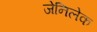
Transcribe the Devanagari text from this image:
जेनिलेक